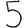
Digit: 5